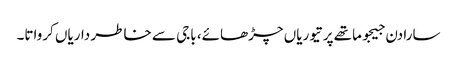
سارا دن جیجو ماتھے پر تیوریاں چڑھائے، باجی سے خاطر داریاں کرواتا۔